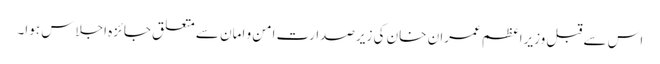
اس سے قبل وزیراعظم عمران خان کی زیرصدارت امن و امان سے متعلق جائزہ اجلاس ہوا۔